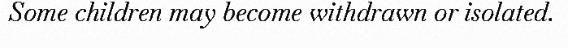
Some children may become withdrawn or isolated.